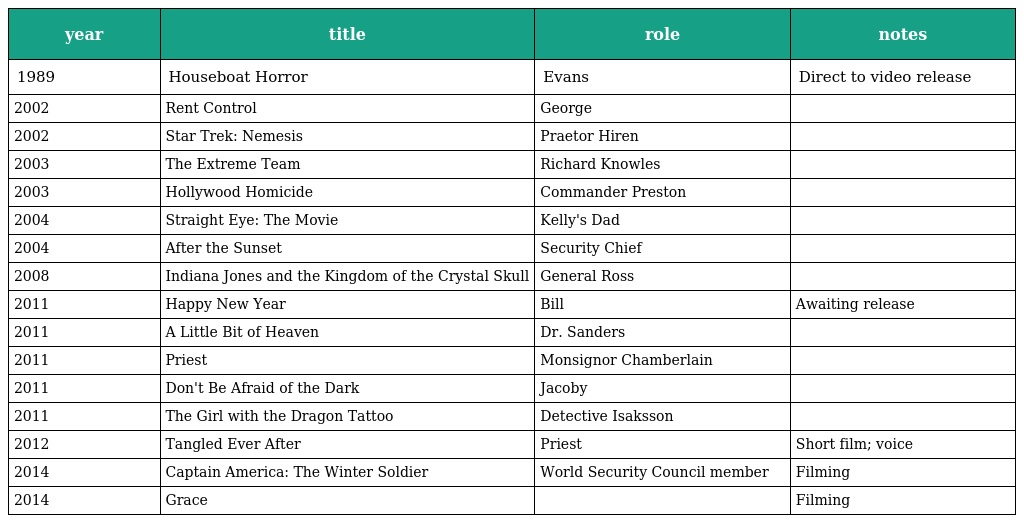
| year | title | role | notes |
 | --- | --- | --- | --- |
 | 1989 | Houseboat Horror | Evans | Direct to video release |
 | 2002 | Rent Control | George |  |
 | 2002 | Star Trek: Nemesis | Praetor Hiren |  |
 | 2003 | The Extreme Team | Richard Knowles |  |
 | 2003 | Hollywood Homicide | Commander Preston |  |
 | 2004 | Straight Eye: The Movie | Kelly's Dad |  |
 | 2004 | After the Sunset | Security Chief |  |
 | 2008 | Indiana Jones and the Kingdom of the Crystal Skull | General Ross |  |
 | 2011 | Happy New Year | Bill | Awaiting release |
 | 2011 | A Little Bit of Heaven | Dr. Sanders |  |
 | 2011 | Priest | Monsignor Chamberlain |  |
 | 2011 | Don't Be Afraid of the Dark | Jacoby |  |
 | 2011 | The Girl with the Dragon Tattoo | Detective Isaksson |  |
 | 2012 | Tangled Ever After | Priest | Short film; voice |
 | 2014 | Captain America: The Winter Soldier | World Security Council member | Filming |
 | 2014 | Grace |  | Filming |